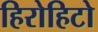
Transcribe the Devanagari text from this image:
हिरोहिटो